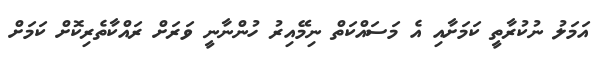
އަމަލު ނުކުރާތީ ކަމަށާއި އެ މަސައްކަތް ނިމޭއިރު ހުންނާނީ ވަރަށް ރައްކާތެރިކޮށް ކަމަށް